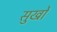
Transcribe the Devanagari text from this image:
सुर्खो